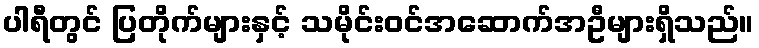
ပါရီတွင် ပြတိုက်များနှင့် သမိုင်းဝင်အဆောက်အဦများရှိသည်။